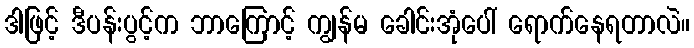
ဒါဖြင့် ဒီပန်းပွင့်က ဘာကြောင့် ကျွန်မ ခေါင်းအုံပေါ် ရောက်နေရတာလဲ။